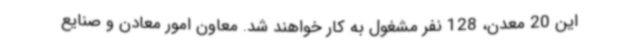
این 20 معدن، 128 نفر مشغول به کار خواهند شد. معاون امور معادن و صنایع